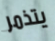
يتذمر